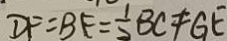
D F = B F = \frac { 1 } { 2 } B C \neq G E